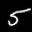
Label: 5